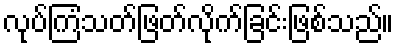
လုပ်ကြံသတ်ဖြတ်လိုက်ခြင်းဖြစ်သည်။